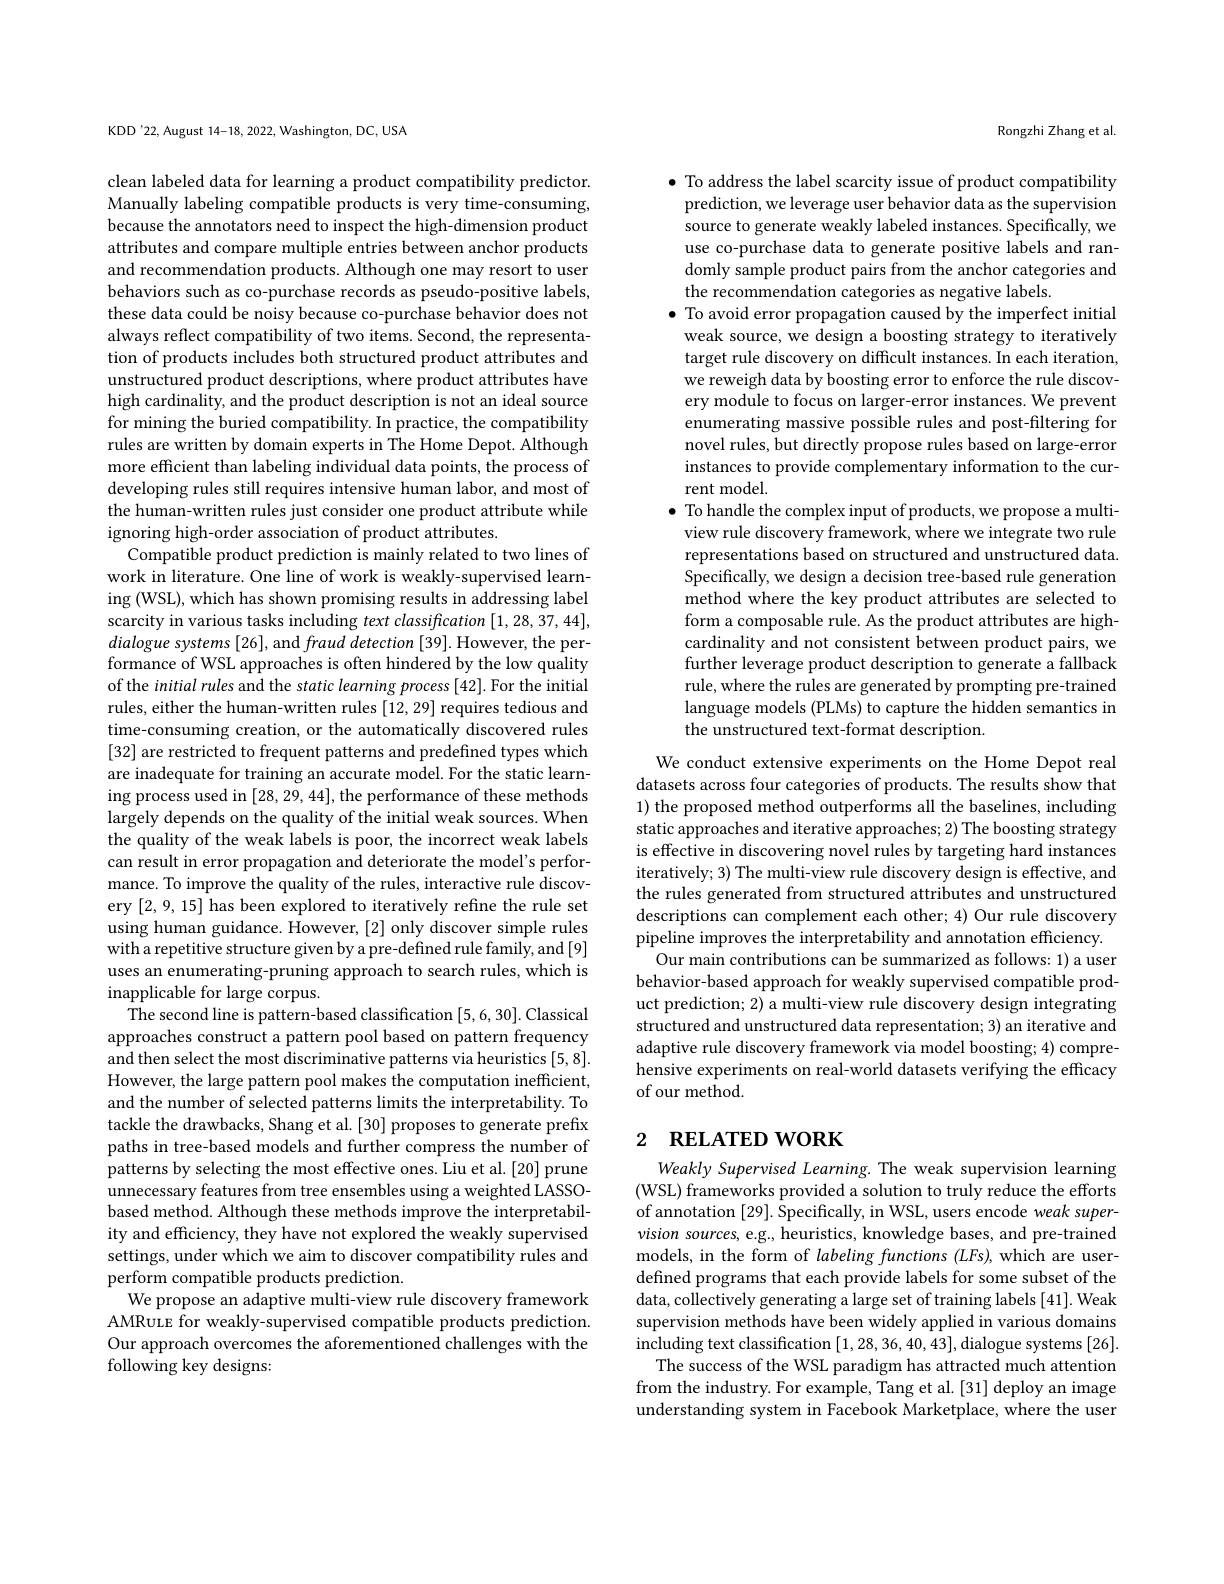
KDD'22, August 14-18, 2022, Washington, DC, USA

clean labeled data for learning a product compatibility predictor. Manually labeling compatible products is very time-consuming, because the annotators need to inspect the high-dimension product attributes and compare multiple entries between anchor products and recommendation products. Although one may resort to user behaviors such as co-purchase records as pseudo-positive labels, these data could be noisy because co-purchase behavior does not always reflect compatibility of two items. Second, the representation of products includes both structured product attributes and unstructured product descriptions, where product attributes have high cardinality, and the product description is not an ideal source for mining the buried compatibility. In practice, the compatibility rules are written by domain experts in The Home Depot. Although more efficient than labeling individual data points, the process of developing rules still requires intensive human labor, and most of the human-written rules just consider one product attribute while ignoring high-order association of product attributes.
Compatible product prediction is mainly related to two lines of work in literature. One line of work is weakly-supervised learning (WSL), which has shown promising results in addressing label scarcity in various tasks including text classification [1,28,37,44], dialogue systems [26], and fraud detection [39]. However, the performance of WSL approaches is often hindered by the low quality of the initial rules and the static learning process [42]. For the initial rules, either the human-written rules [12,29] requires tedious and time-consuming creation, or the automatically discovered rules [32] are restricted to frequent patterns and predefined types which are inadequate for training an accurate model. For the static learning process used in [28,29,44],the performance of these methods largely depends on the quality of the initial weak sources. When the quality of the weak labels is poor, the incorrect weak labels can result in error propagation and deteriorate the model's performance. To improve the quality of the rules, interactive rule discovery [2,9,15] has been explored to iteratively refine the rule set using human guidance. However, [2] only discover simple rules with a repetitive structure given by a pre-defined rule family, and [9] uses an enumerating-pruning approach to search rules, which is inapplicable for large corpus.
The second line is pattern-based classification [5,6,30]. Classical approaches construct a pattern pool based on pattern frequency and then select the most discriminative patterns via heuristics [5,8]. However, the large pattern pool makes the computation inefficient, and the number of selected patterns limits the interpretability. To tackle the drawbacks, Shang et al. [30] proposes to generate prefix paths in tree-based models and further compress the number of patterns by selecting the most effective ones. Liu et al. [20] prune unnecessary features from tree ensembles using a weighted LASSObased method. Although these methods improve the interpretability and efficiency, they have not explored the weakly supervised settings, under which we aim to discover compatibility rules and perform compatible products prediction.
We propose an adaptive multi-view rule discovery framework AMRuue for weakly-supervised compatible products prediction. Our approach overcomes the aforementioned challenges with the following key designs:

Rongzhi Zhang et al.

$\bullet$ To address the label scarcity issue of product compatibility prediction, we leverage user behavior data as the supervision source to generate weakly labeled instances. Specifically, we use co-purchase data to generate positive labels and randomly sample product pairs from the anchor categories and the recommendation categories as negative labels
$\bullet$ To avoid error propagation caused by the imperfect initial weak source, we design a boosting strategy to iteratively target rule discovery on difficult instances. In each iteration, we reweigh data by boosting error to enforce the rule discovery module to focus on larger-error instances. We prevent enumerating massive possible rules and post-filtering for novel rules, but directly propose rules based on large-error instances to provide complementary information to the current model
$\bullet$ To handle the complex input of products, we propose a multiview rule discovery framework, where we integrate two rule representations based on structured and unstructured data. Specifically, we design a decision tree-based rule generation method where the key product attributes are selected to form a composable rule. As the product attributes are highcardinality and not consistent between product pairs, we further leverage product description to generate a fallback rule, where the rules are generated by prompting pre-trained language models (PLMs) to capture the hidden semantics in the unstructured text-format description.
We conduct extensive experiments on the Home Depot real datasets across four categories of products. The results show that 1) the proposed method outperforms all the baselines, including static approaches and iterative approaches; 2) The boosting strategy is effective in discovering novel rules by targeting hard instances iteratively; 3) The multi-view rule discovery design is effective, and the rules generated from structured attributes and unstructured descriptions can complement each other; 4) Our rule discovery pipeline improves the interpretability and annotation efficiency. Our main contributions can be summarized as follows: 1) a user behavior-based approach for weakly supervised compatible product prediction; 2) a multi-view rule discovery design integrating structured and unstructured data representation; 3) an iterative and adaptive rule discovery framework via model boosting; 4) comprehensive experiments on real-world datasets verifying the efficacy of our method.

## 2 RELATED WORK

Weakly Supervised Learning. The weak supervision learning (WSL) frameworks provided a solution to truly reduce the efforts of annotation [29]. Specifically, in WSL, users encode weak supervision sources, e.g., heuristics, knowledge bases, and pre-trained models, in the form of labeling functions (LFs), which are userdefined programs that each provide labels for some subset of the data, collectively generating a large set of training labels [41]. Weak supervision methods have been widely applied in various domains including text classification [1,28,36,40,43],dialogue systems [26].
The success of the WSL paradigm has attracted much attention from the industry. For example, Tang et al.[31] deploy an image understanding system in Facebook Marketplace, where the user